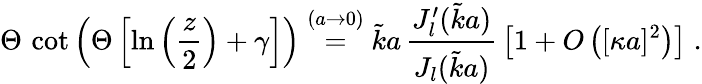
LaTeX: \Theta\, \cot\left(\Theta\left[\ln\left(\frac{z}{2}\right)+\gamma\right]\right)\stackrel{(a\rightarrow 0)}{=}\tilde{k}a\, \frac{J_{l}^{\prime}(\tilde{k}a)}{J_{l}(\tilde{k}a)}\, \left[1+O\left([\kappa a]^{2}\right)\right]\; .